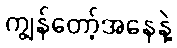
ကျွန်တော့်အနေနဲ့